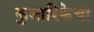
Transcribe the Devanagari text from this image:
कुमारिकेचा